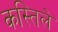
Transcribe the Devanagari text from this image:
कस्तिले